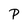
Character: P